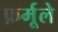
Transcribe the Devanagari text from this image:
फ़र्मूले